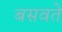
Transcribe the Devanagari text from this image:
बसवते